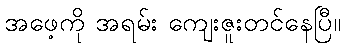
အဖေ့ကို အရမ်း ကျေးဇူးတင်နေပြီ။